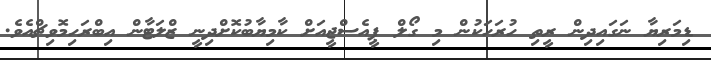
ޑިމަރިޔާ ނަގައިދިން ރީތި ހުރަހަކުން މި ގޯލް ޕީއެސްޖީއަށް ކާމިޔާބުކޮށްދިނީ ޒްލަޓާން އިބްރަހިމޮވިޗްއެވެ.